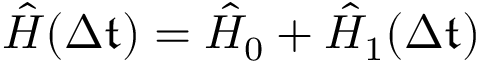
\hat { H } ( \Delta \mathfrak { t } ) = \hat { H } _ { 0 } + \hat { H } _ { 1 } ( \Delta \mathfrak { t } )